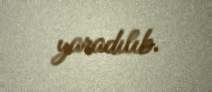
yaradılıb.